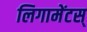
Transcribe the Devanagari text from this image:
लिगामेंटस्